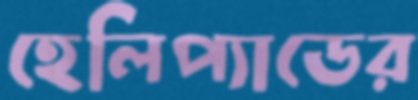
হেলিপ্যাডের